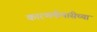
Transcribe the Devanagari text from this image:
कारणमीमांसेच्या